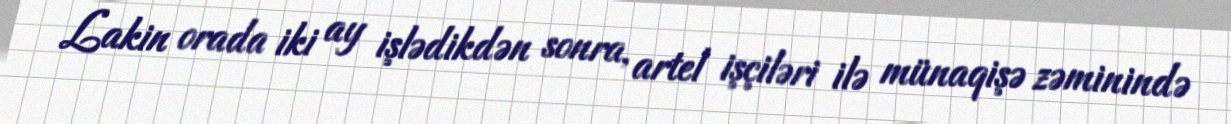
Lakin orada iki ay işlədikdən sonra, artel işçiləri ilə münaqişə zəminində